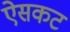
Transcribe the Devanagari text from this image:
ऐसकट